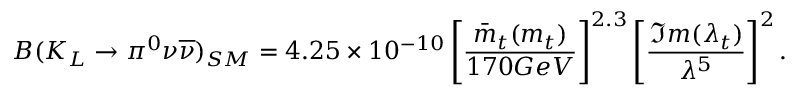
B ( K _ { L } \rightarrow \pi ^ { 0 } \nu \overline { { { \nu } } } ) _ { S M } = 4 . 2 5 \times 1 0 ^ { - 1 0 } \left[ \frac { \bar { m } _ { t } ( m _ { t } ) } { 1 7 0 G e V } \right] ^ { 2 . 3 } \left[ \frac { \Im m ( \lambda _ { t } ) } { \lambda ^ { 5 } } \right] ^ { 2 } .